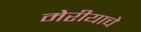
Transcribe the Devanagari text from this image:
मेरीयाचे